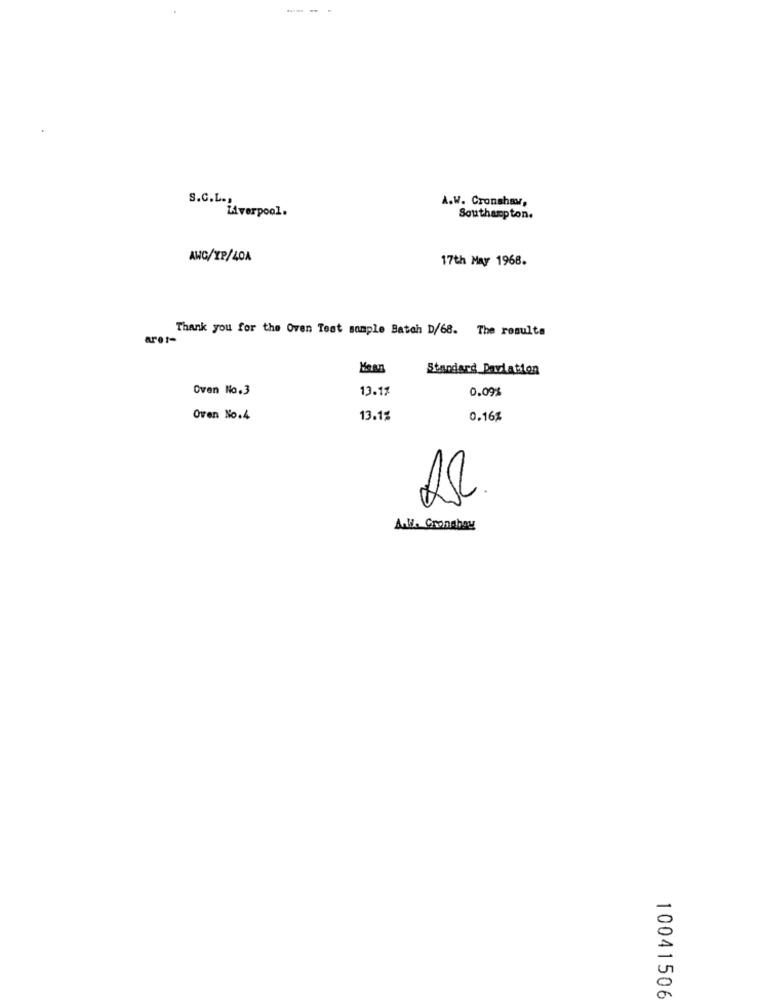
S.C.L .,
A.W. Cronshaw,
Liverpool.
Southampton.
AWC/XP/40A
17th May 1968.
Thank you for the Oven Test sample Batch D/68. The results
are :-
Standard Deviation
Oven No.3
13.17
0.09%
Oven No.4
13.1%
0.16%
A.W. Cronshay
10041506